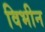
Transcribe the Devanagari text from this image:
विभीन